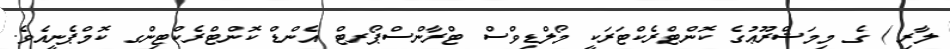
ލާރި ) ގެ މިމަޝްރޫޢުގެ ކޮންޓްރެކްޓަރަކީ މޯލްޑިވްސް ޓްރާންސްޕޯރޓް އެންޑް ކޮންޓްރެކްޓިންގ ކޮމްޕެނީއެވެ.